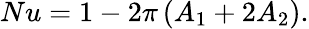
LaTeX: Nu=1-2\pi\left(A_{1}+2A_{2}\right).